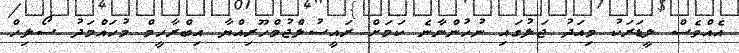
އެއްވެސް ލީޑަރަކު މިއަދު ޖަލުގައި ނުހުންނާނެ ކަމަށް ރައީސުލްޖުމްހޫރިއްޔާ އިބްރާހީމް މުހައްމަދު ސޯލިހް